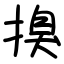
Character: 搝